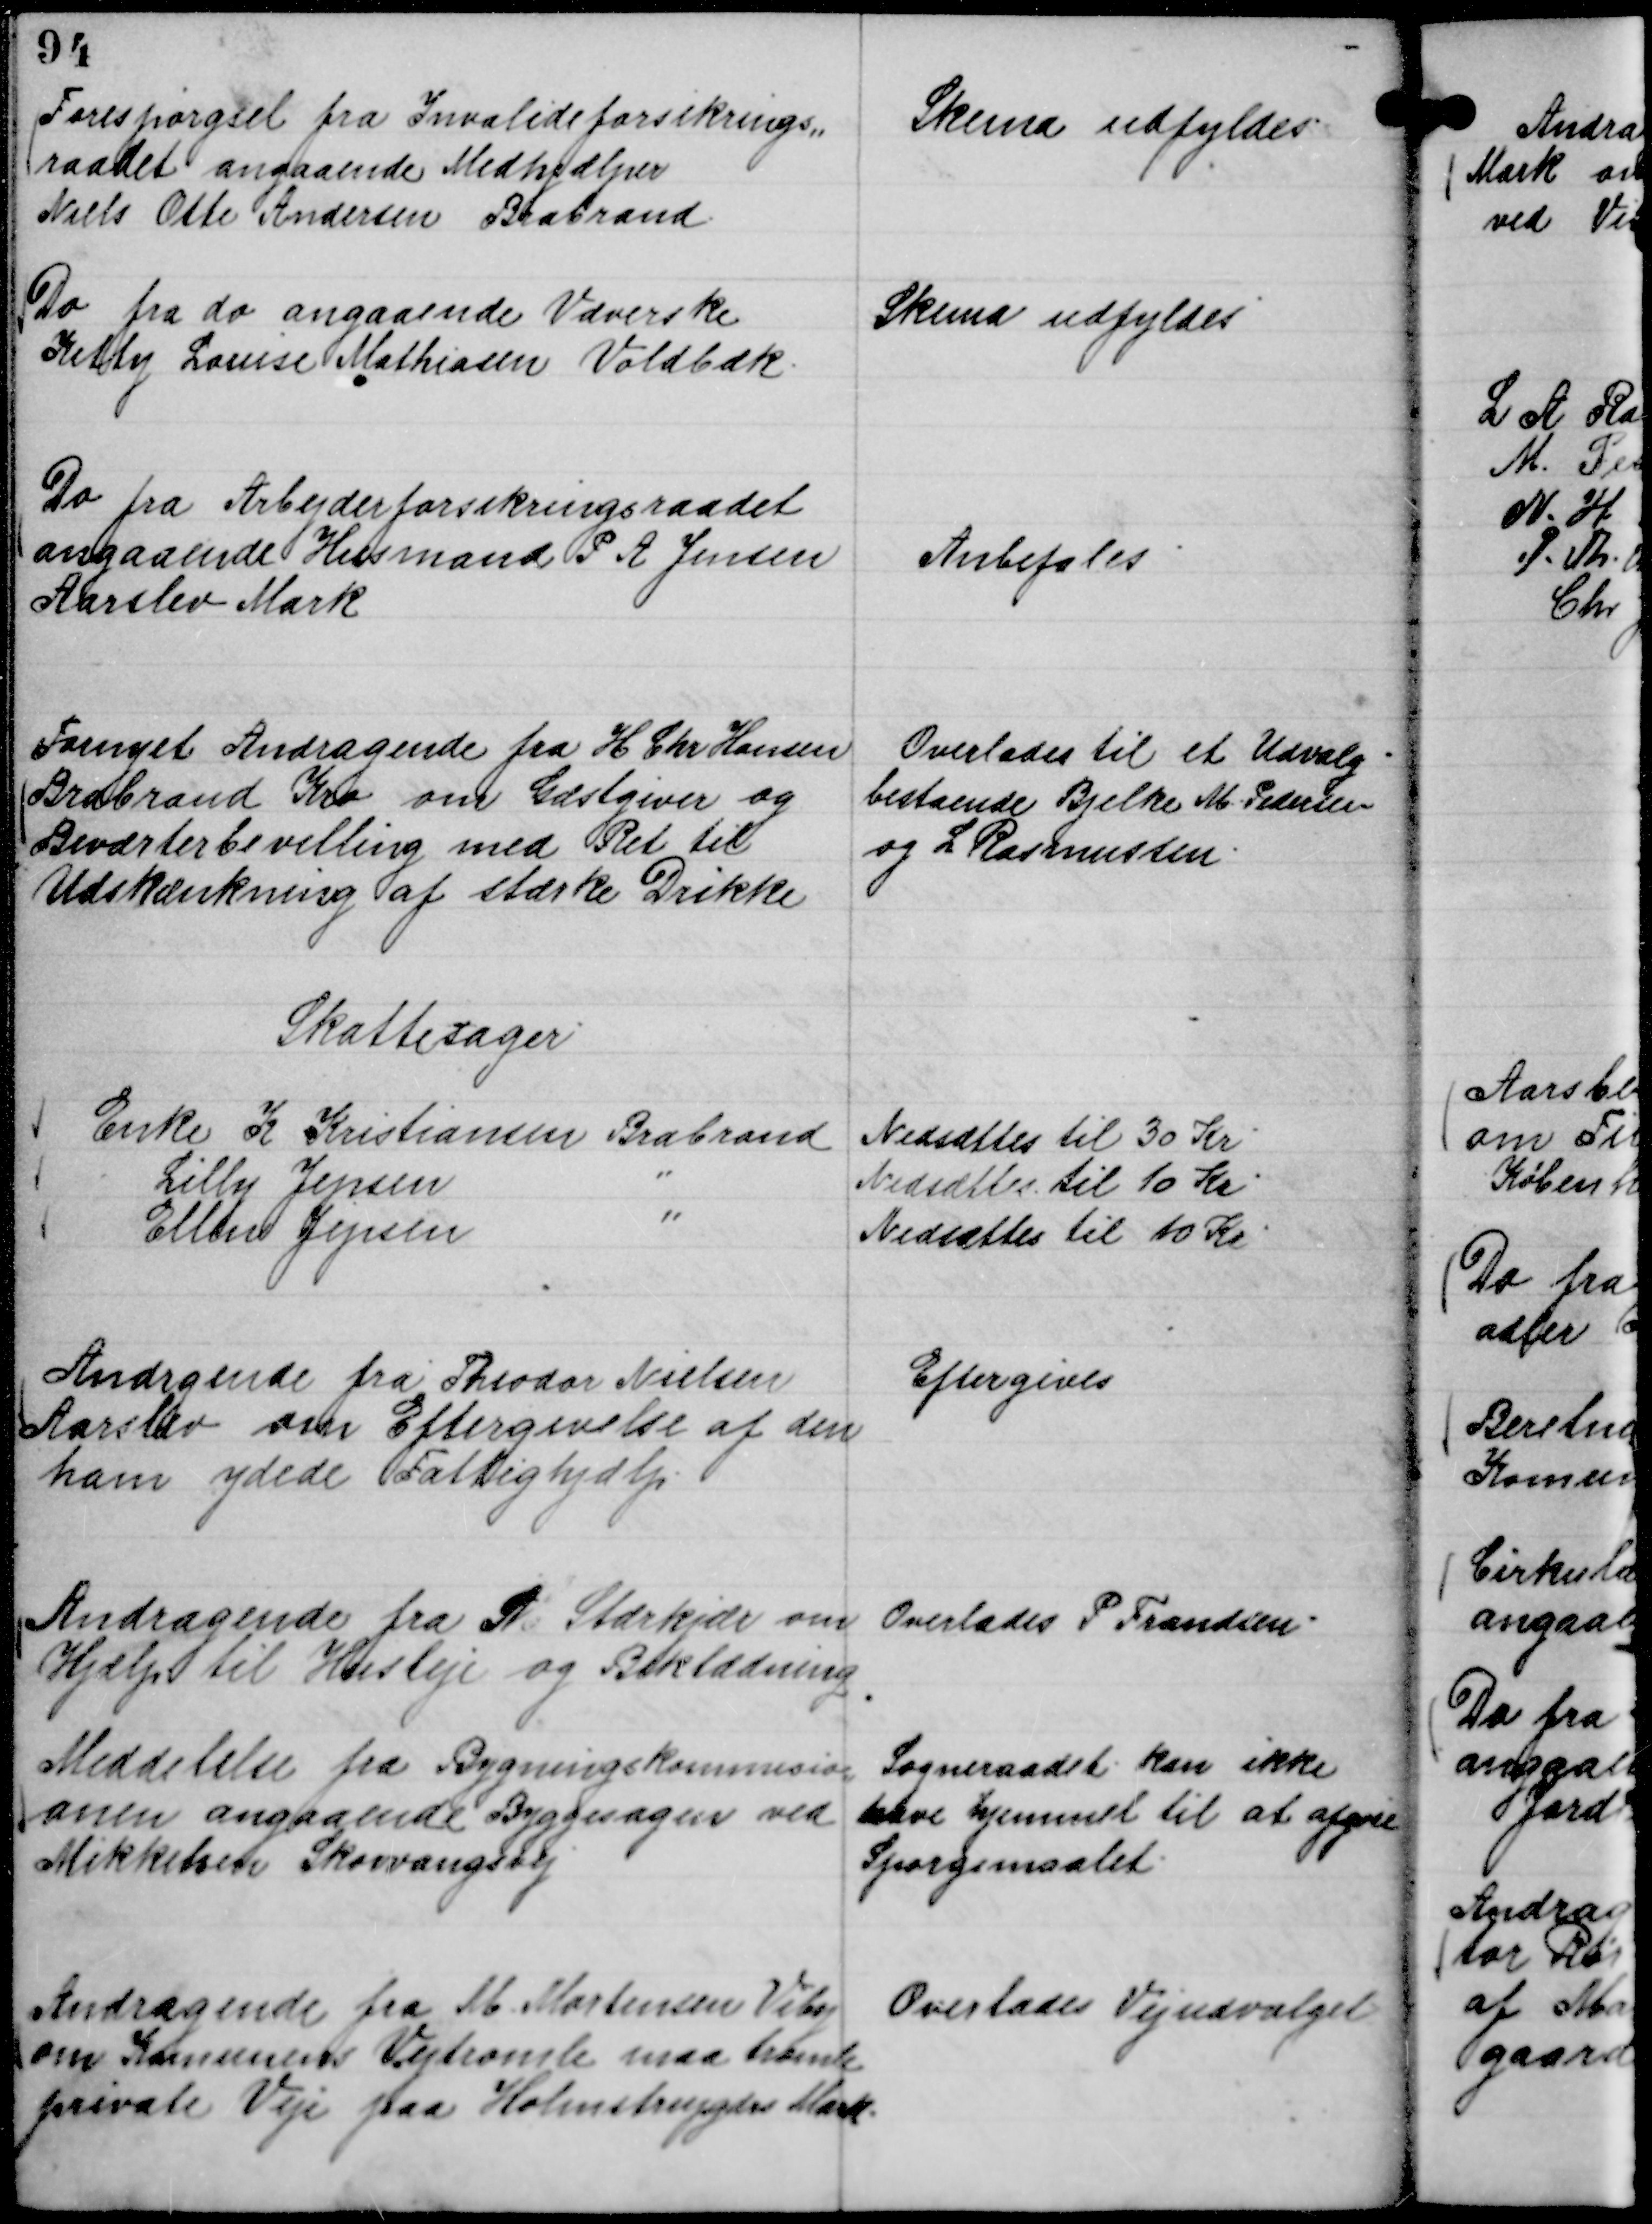
Transskription:
Forespørgsel fra Invalideforsikrings,,
raadet angaaende Medhjælper
Niels Otte Andersen Brabrand.

Skema udfyldes

Do fra do angaaende Væverske
Ketty Louise Mathiasen Voldbæk.

Skema udfyldes

Do fra Arbejdsforsikringsraadet
angaaende Husmand P A Jensen
Aarslev Mark

Anbefales

Fornyet Andragende fra H Chr Hansen
Brabrand Kro om Gæstgiver og
Beværterbevilling med Ret til
Udskænkning af stærke Drikke

Overlades til et Udvalg
bestaende Bjelke M. Pedersen
og L Rasmussen.

Skattesager
Enke K Kristiansen Brabrand
Nedsættes til 30 Kr.
Lilly Jepsen
"
Nedsættes til 10 Kr.
Ellen Jepsen
"
Nedsættes til 10 Kr.

Andragende fra Theodor Nielsen
Aarslev om Eftergivelse af den
ham ydede Fattighjælp.

Eftergives

Andragende fra S Stærkjær om
Hjælp til Husleje og Beklædning

Overlades P Frandsen

Meddelelse fra Bygningskommisio,,
onen angaaende Byggesagen ved
Mikkelsen Skovvangsvej

Sogneraadet kan ikke
have hjemmel til at afgøre
Spørgsmaalet.

Andragende fra M Mortensen Viby
om Komunens Vejtromle maa tromle
private Veje fra Holmstrupgdrs Mark.

Overlades Vejudvalget